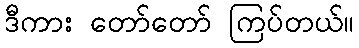
ဒီကား တော်တော် ကြပ်တယ်။